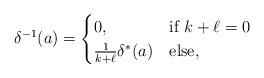
LaTeX: \begin{align*} \delta^{-1}(a) = \begin{cases} 0, & \textrm{if } k + \ell = 0 \\ \frac{1}{k + \ell}\delta^*(a) & \textrm{else,} \end{cases}\end{align*}